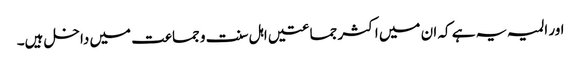
اور المیہ یہ ہے کہ ان میں اکثر جماعتیں اہل سنت و جماعت میں داخل ہیں۔